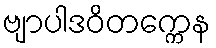
ဗျာပါဒဝိတက္ကေန